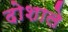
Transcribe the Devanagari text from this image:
दोशाले